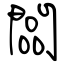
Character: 闆